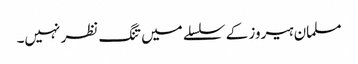
مسلمان ہیروز کے سلسلے میں تنگ نظر نہیں۔